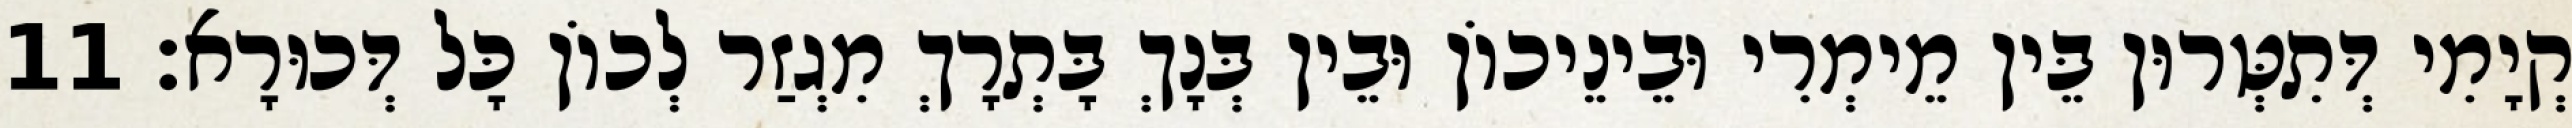
קְיָמִי דְּתִטְּרוּן בֵּין מֵימְרִי וּבֵינֵיכוֹן וּבֵין בְּנָךְ בָּתְרָךְ מִגְזַר לְכוֹן כָּל דְּכוּרָא׃ 11